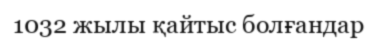
1032 жылы қайтыс болғандар